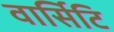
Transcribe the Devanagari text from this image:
वार्सिटि